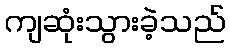
ကျဆုံးသွားခဲ့သည်